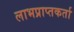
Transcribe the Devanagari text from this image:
लाभप्राप्तकर्ता